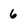
Character: 6